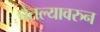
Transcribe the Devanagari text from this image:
घेतल्यावरुन